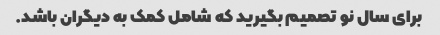
برای سال نو تصمیم بگیرید که شامل کمک به دیگران باشد.